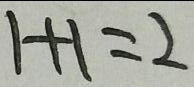
1 + 1 = 2